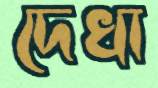
দেখা